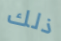
ذلك